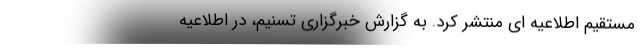
مستقیم اطلاعیه ای منتشر کرد. به گزارش خبرگزاری تسنیم، در اطلاعیه